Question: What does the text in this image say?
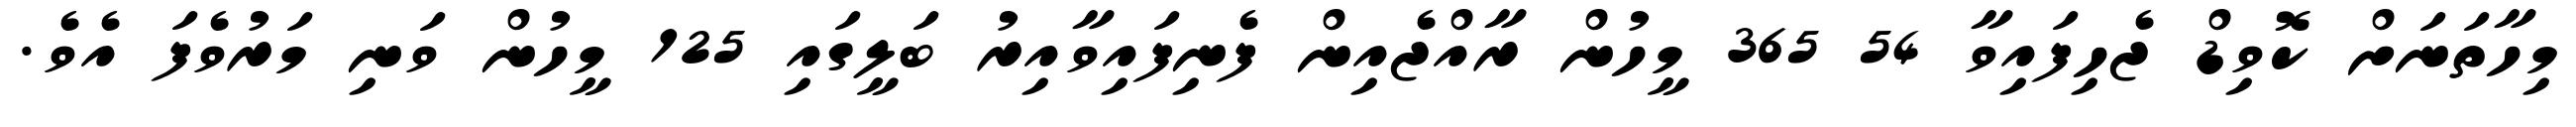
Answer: މިހާތަނަށް ކޮވިޑް ޖެހިފައިވާ 54 365 މީހުން ރާއްޖެއިން ފެނިފައިވާއިރު ބަލީގައި 125 މީހުން ވަނި މަރުވެފަ އެވެ.